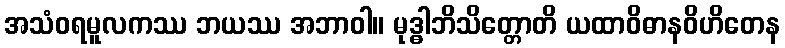
အသံဝရမူလကဿ ဘယဿ အဘာဝါ။ မုဒ္ဓါဘိသိတ္တောတိ ယထာဝိဓာနဝိဟိတေန